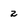
Character: 2